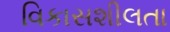
વિકાસશીલતા